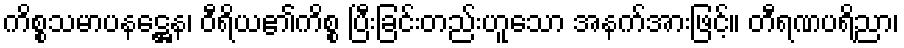
ကိစ္စသမာပနဋ္ဌေန၊ ဝီရိယ၏ကိစ္စ ပြီးခြင်းတည်းဟူသော အနက်အားဖြင့်။ တီရဏပရိညာ၊